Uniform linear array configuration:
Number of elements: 16
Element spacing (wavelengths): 1
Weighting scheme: hamming
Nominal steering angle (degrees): -45
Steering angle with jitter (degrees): -45.006
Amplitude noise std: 0.05
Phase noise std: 0.05

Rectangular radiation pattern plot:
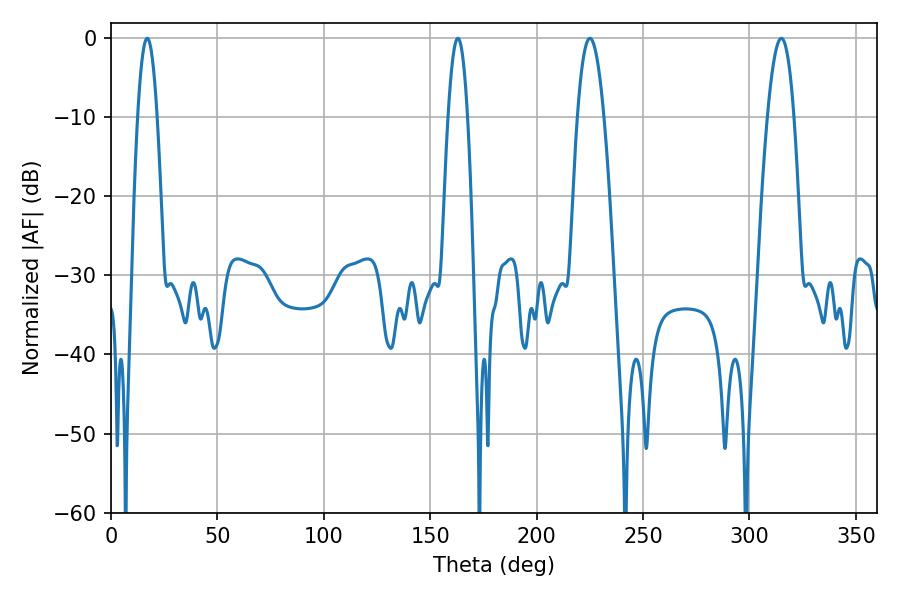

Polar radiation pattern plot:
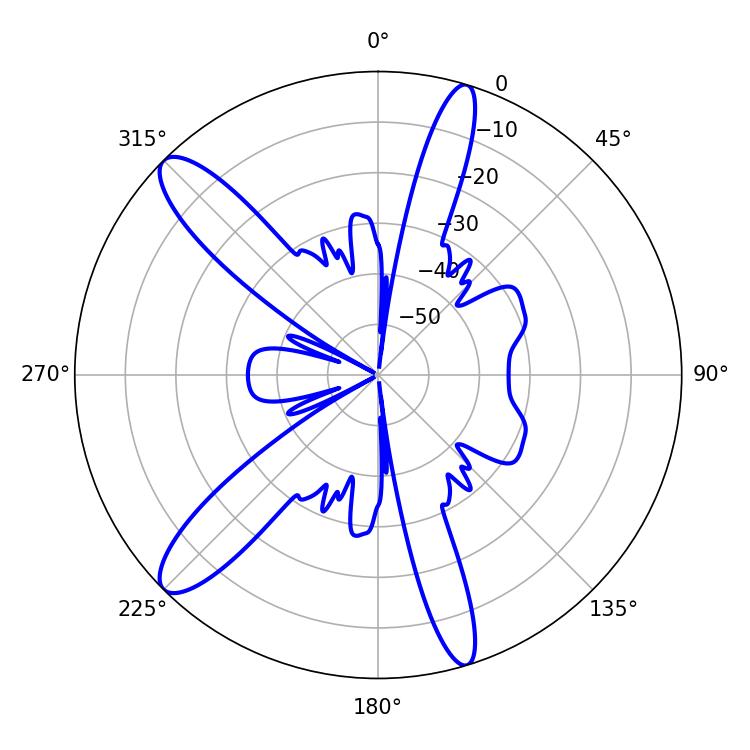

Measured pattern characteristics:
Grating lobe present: TRUE
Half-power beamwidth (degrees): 6.84
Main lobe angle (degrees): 225